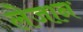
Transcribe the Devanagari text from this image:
लेजान